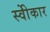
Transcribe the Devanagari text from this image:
स्वीेकार